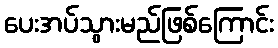
ပေးအပ်သွားမည်ဖြစ်ကြောင်း